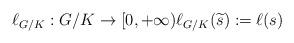
LaTeX: \begin{align*}{\ell}_{G/K}:G/K\to [0,+\infty){\ell}_{G/K}({\widetilde s}):=\ell (s)\end{align*}